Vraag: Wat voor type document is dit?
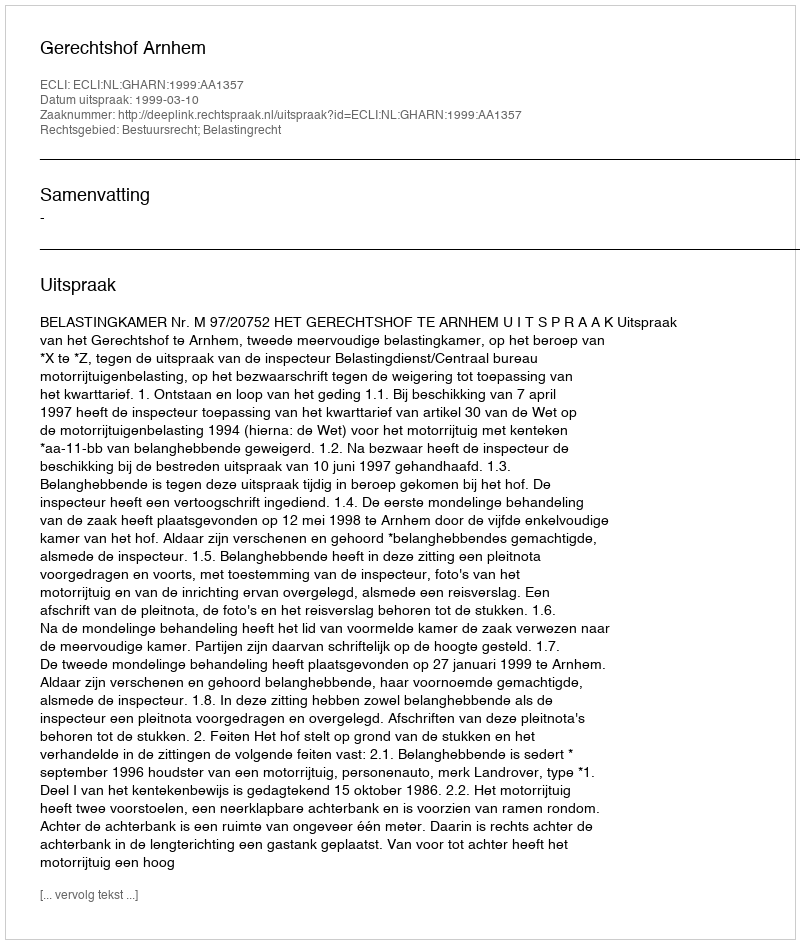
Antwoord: Uitspraak